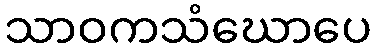
သာဝကသံဃောပေ